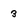
Character: 3